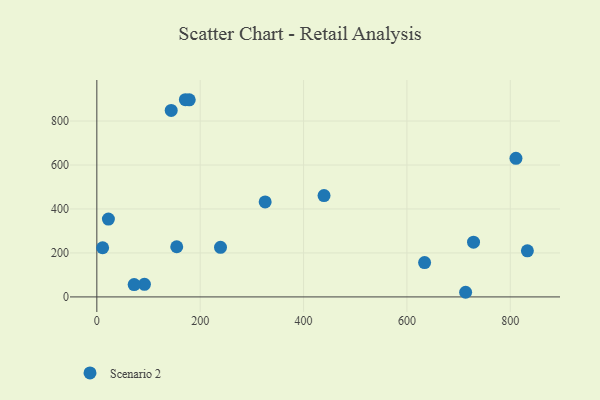
{"axis": {"x": "Experience", "y": "Fuel Efficiency"}, "legend": ["Scenario 2"], "data": [{"x": "439.6", "y": 460.9, "type": "Scenario 2"}, {"x": "178.8", "y": 896.7, "type": "Scenario 2"}, {"x": "811.0", "y": 630.5, "type": "Scenario 2"}, {"x": "833.1", "y": 209.5, "type": "Scenario 2"}, {"x": "634.2", "y": 156.2, "type": "Scenario 2"}, {"x": "92.1", "y": 57.1, "type": "Scenario 2"}, {"x": "728.9", "y": 249.1, "type": "Scenario 2"}, {"x": "325.7", "y": 432.2, "type": "Scenario 2"}, {"x": "72.2", "y": 56.2, "type": "Scenario 2"}, {"x": "713.6", "y": 21.1, "type": "Scenario 2"}, {"x": "143.9", "y": 848.3, "type": "Scenario 2"}, {"x": "11.2", "y": 223.6, "type": "Scenario 2"}, {"x": "239.3", "y": 225.4, "type": "Scenario 2"}, {"x": "171.3", "y": 897.0, "type": "Scenario 2"}, {"x": "22.4", "y": 354.3, "type": "Scenario 2"}, {"x": "154.6", "y": 228.1, "type": "Scenario 2"}]}